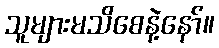
သူများမသိစေနဲ့နော်။